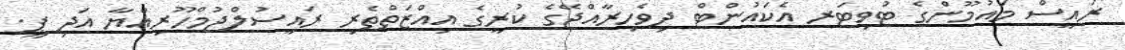
ރައީސް މައުމޫންގެ ޓުވިޓަރ އެކައުންޓް ދިވެހިރާއްޖޭގެ ކުރީގެ އިއްޒަތްތެރި ރައީސުލްޖުމްހޫރިއްޔާ އަދި ޕީ.